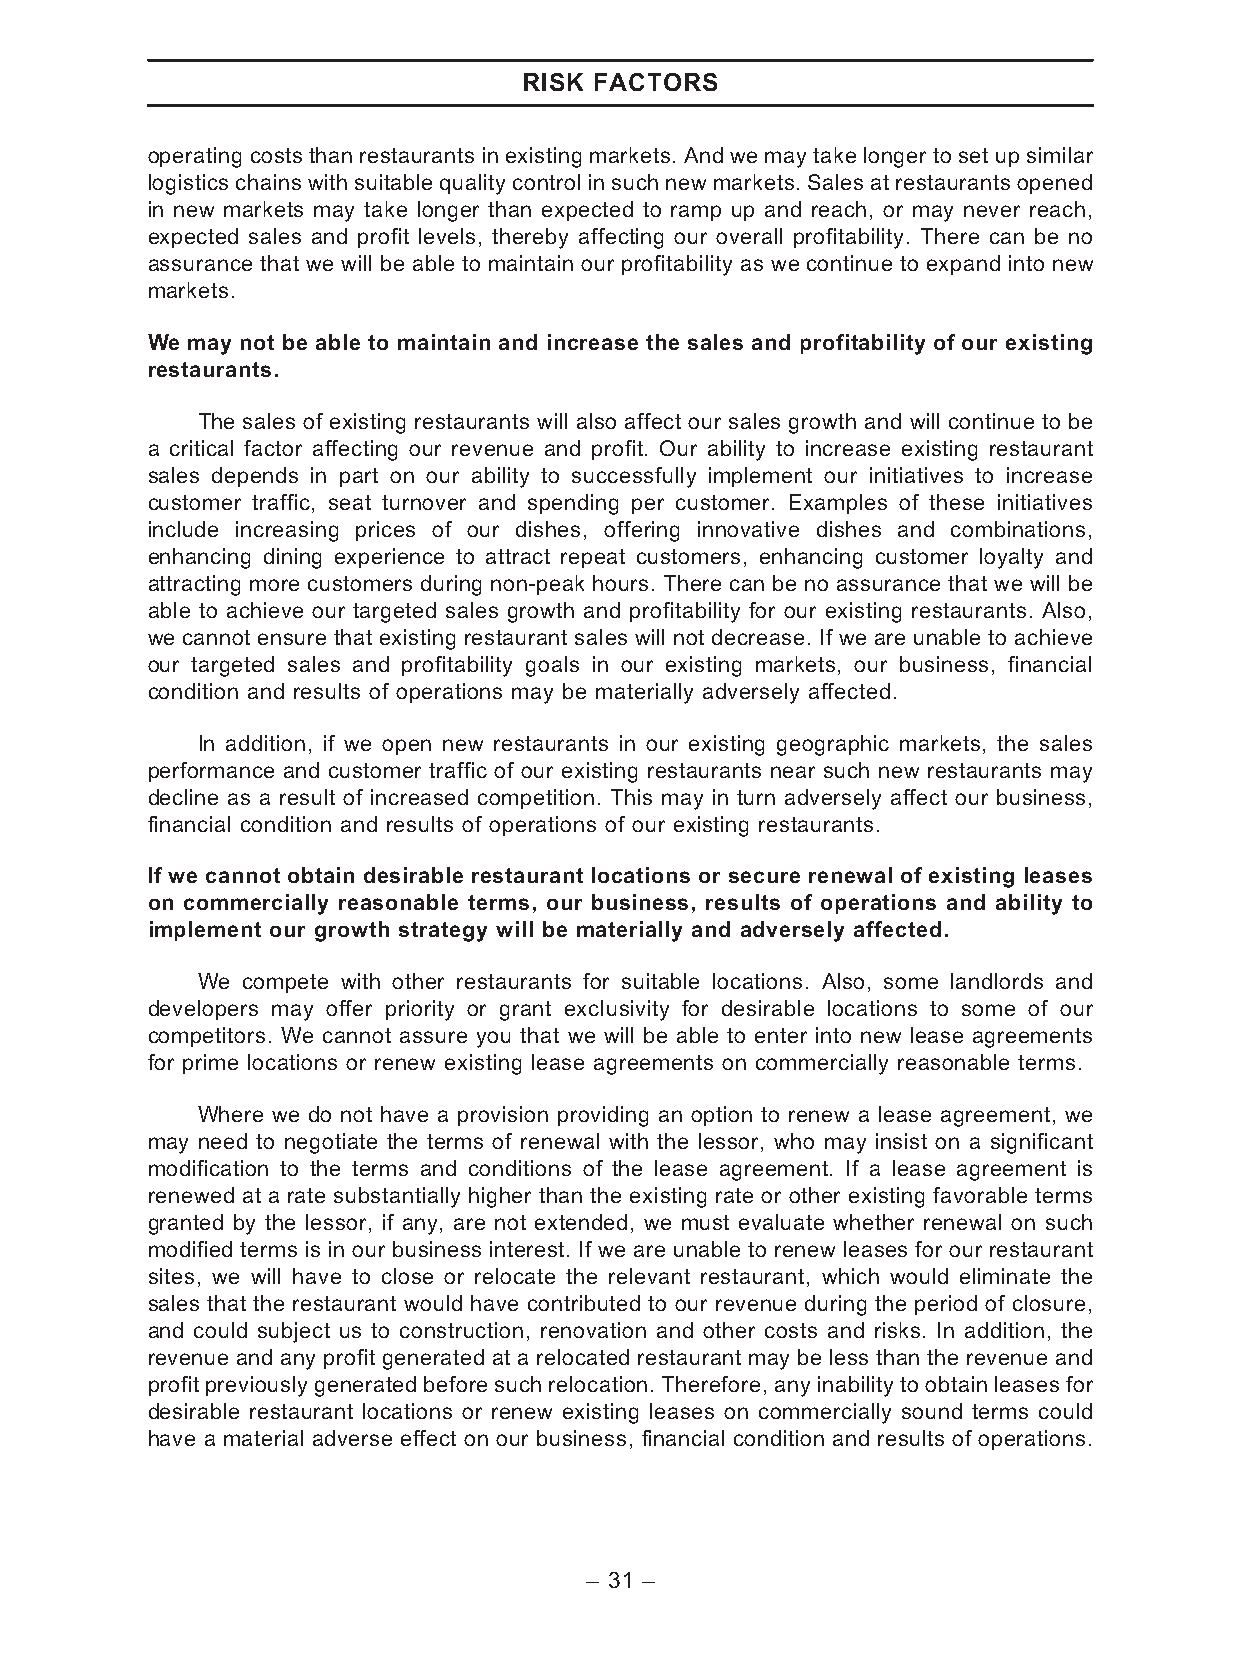
RISK FACTORS
 operating costs than restaurants in existing markets. And we may take longer to set up similar
 logisticschainswithsuitablequalitycontrolin suchnewmarkets. Salesat restaurantsopened
 in new markets may take longer than expected to ramp up and reach, or may never reach,
 expected sales and profit levels, thereby affecting our overall profitability. There can be no
 assurance that we will be able to maintain our profitability as we continue to expand into new
 markets.
 We may not be able to maintain and increase the sales and profitability of our existing
 restaurants.
 The sales of existing restaurants will also affect our sales growth and will continue to be
 a critical factor affecting our revenue and profit. Our ability to increase existing restaurant
 sales depends in part on our ability to successfully implement our initiatives to increase
 customer traffic, seat turnover and spending per customer. Examples of these initiatives
 include increasing prices of our dishes, offering innovative dishes and combinations,
 enhancing dining experience to attract repeat customers, enhancing customer loyalty and
 attracting more customers during non-peak hours. There can be no assurance that we will be
 able to achieve our targeted sales growth and profitability for our existing restaurants. Also,
 we cannot ensure that existing restaurant sales will not decrease. If we are unable to achieve
 our targeted sales and profitability goals in our existing markets, our business, financial
 condition and results of operations may be materially adversely affected.
 In addition, if we open new restaurants in our existing geographic markets, the sales
 performance and customer traffic of our existing restaurants near such new restaurants may
 decline as a result of increased competition. This may in turn adversely affect our business,
 financial condition and results of operations of our existing restaurants.
 If we cannot obtain desirable restaurant locations or secure renewal of existing leases
 on commercially reasonable terms, our business, results of operations and ability to
 implement our growth strategy will be materially and adversely affected.
 We compete with other restaurants for suitable locations. Also, some landlords and
 developers may offer priority or grant exclusivity for desirable locations to some of our
 competitors. We cannot assure you that we will be able to enter into new lease agreements
 for prime locations or renew existing lease agreements on commercially reasonable terms.
 Where we do not have a provision providing an option to renew a lease agreement, we
 may need to negotiate the terms of renewal with the lessor, who may insist on a significant
 modification to the terms and conditions of the lease agreement. If a lease agreement is
 renewed at a rate substantially higher than the existing rate or other existing favorable terms
 granted by the lessor, if any, are not extended, we must evaluate whether renewal on such
 modified terms is in our business interest. If we are unable to renew leases for our restaurant
 sites, we will have to close or relocate the relevant restaurant, which would eliminate the
 sales that the restaurant would have contributed to our revenue during the period of closure,
 and could subject us to construction, renovation and other costs and risks. In addition, the
 revenue and any profit generated at a relocated restaurant may be less than the revenue and
 profitpreviouslygeneratedbeforesuchrelocation.Therefore, anyinabilityto obtain leasesfor
 desirable restaurant locations or renew existing leases on commercially sound terms could
 have a material adverse effect on our business, financial condition and results of operations.
 – 31 –